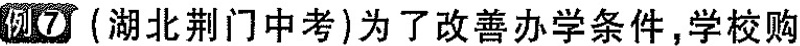
例7 (湖北荆门中考)为了改善办学条件，学校购